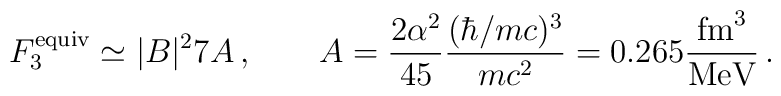
F_3^{\rm equiv}\simeq \vert B\vert ^2 7 A\,,\qquad A=\frac{2\alpha^2}{45}\frac{(\hbar/mc)^3}{mc^{2}}=0.265 \frac{\mbox{fm}^3}{\mbox{MeV}}\,.